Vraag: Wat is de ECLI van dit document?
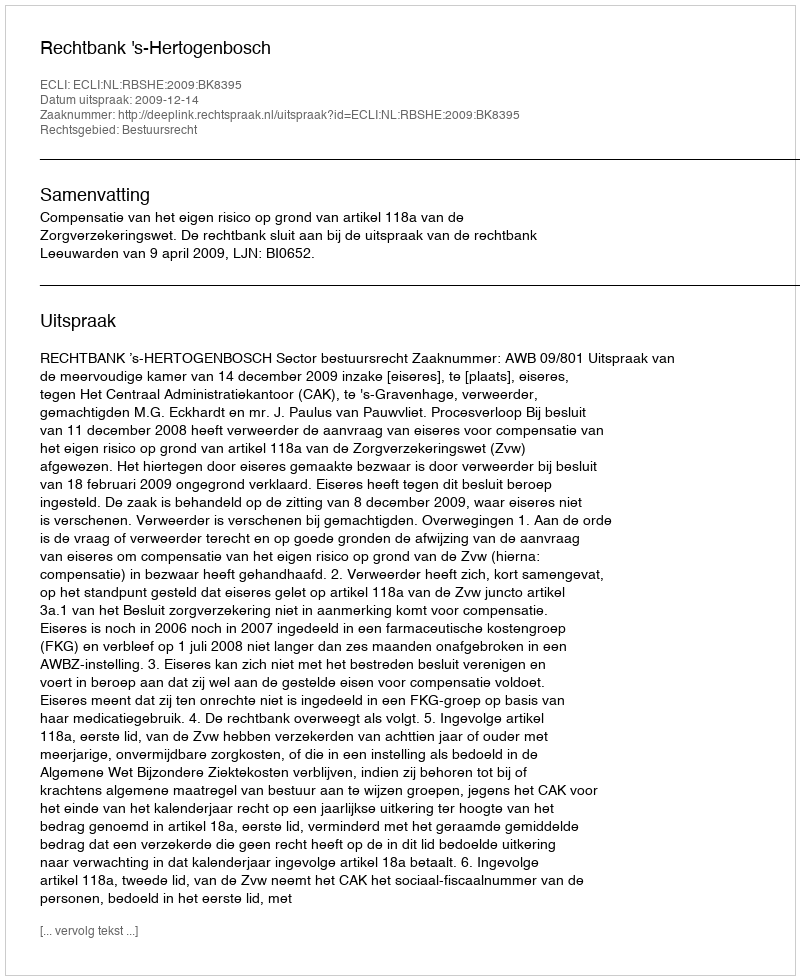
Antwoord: ECLI:NL:RBSHE:2009:BK8395